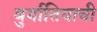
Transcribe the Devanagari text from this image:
बुर्यातियाची